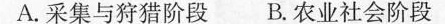
A.采集与狩猎阶段 B.农业社会阶段